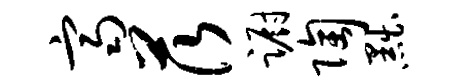
齐茨蹰陶黜